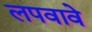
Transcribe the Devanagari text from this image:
लपवावे